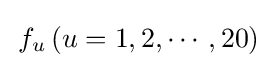
\,f_{u}\,(u=1,2,\cdots ,20)